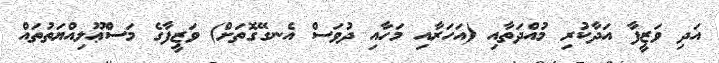
އަދި ވަޒީފާ އަދާކުރި މުއްދަތާއި (އަހަރާއި މަހާއި ދުވަސް އެނގޭގޮތަށް) ވަޒީފާގެ މަސްޢޫލިއްޔަތުތައް